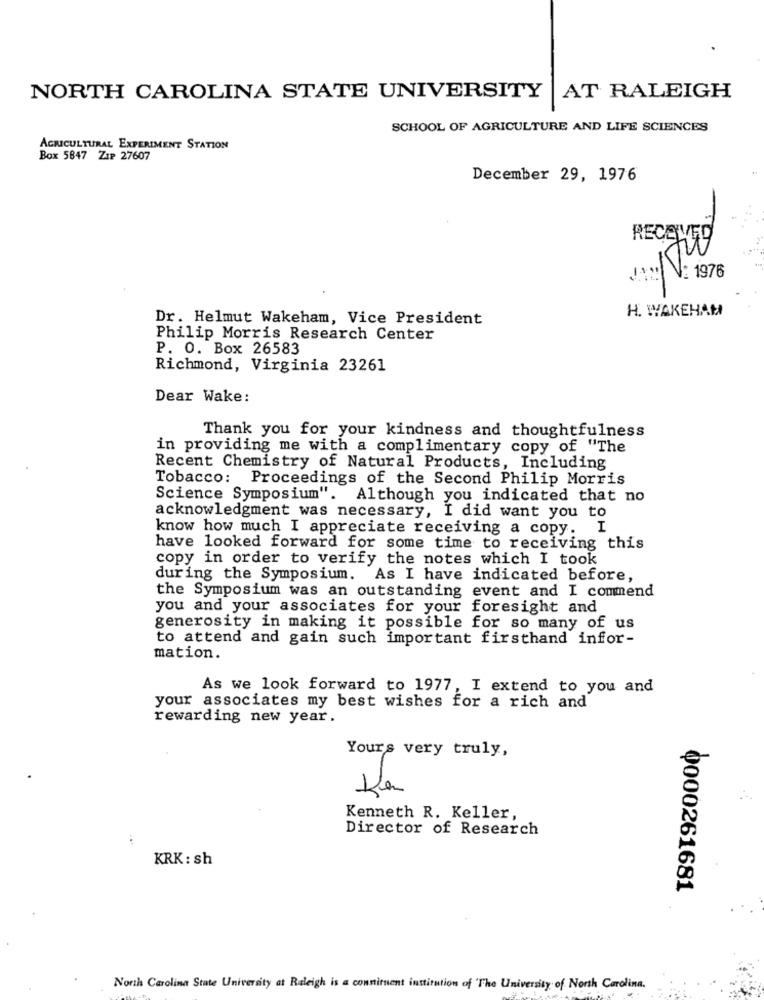
NORTH CAROLINA STATE UNIVERSITY
AT RALEIGH
SCHOOL OF AGRICULTURE AND LIFE SCIENCES
AGRICULTURAL EXPERIMENT STATION
Box 5847 ZIP 27607
December 29, 1976
RECEIVED
N: 1976
H. WYAKEHAM
Dr. Helmut Wakeham, Vice President
Philip Morris Research Center
P. O. Box 26583
Richmond, Virginia 23261
Dear Wake:
Thank you for your kindness and thoughtfulness
in providing me with a complimentary copy of "The
Recent Chemistry of Natural Products, Including
Tobacco: Proceedings of the Second Philip Morris
Science Symposium". Although you indicated that no
acknowledgment was necessary, I did want you to
know how much I appreciate receiving a copy. I
have looked forward for some time to receiving this
copy in order to verify the notes which I took
during the Symposium. As I have indicated before,
the Symposium was an outstanding event and I commend
you and your associates for your foresight and
generosity in making it possible for so many of us
to attend and gain such important firsthand infor-
mation.
As we look forward to 1977, I extend to you and
your associates my best wishes for a rich and
rewarding new year.
Yours very truly,
Kenneth R. Keller,
Director of Research
KRK: sh
Q000261681
North Carolina State University at Raleigh is a conniruent institution of The University of North Carolina.